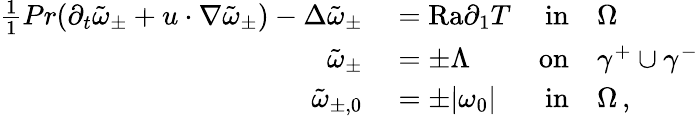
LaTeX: \begin{array}{rlrl}{\frac{1}{1}{{Pr}}(\partial_{t}\tilde{\omega}_{\pm}+u\cdot\nabla\tilde{\omega}_{\pm})-\Delta\tilde{\omega}_{\pm}}&{{}=\mathrm{{Ra}}\partial_{1}T}&{\textnormal{in}}&{{}\Omega}\\ {\tilde{\omega}_{\pm}}&{{}=\pm\Lambda}&{\textnormal{on}}&{{}\gamma^{+}\cup\gamma^{-}}\\ {\tilde{\omega}_{\pm,0}}&{{}=\pm|\omega_{0}|}&{\textnormal{in}}&{{}\Omega\, ,}\end{array}